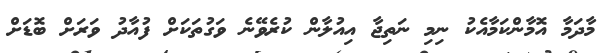
މާދަމާ އޮމާންކަމާއެކު ނިމި ނަތިޖާ އިއުލާން ކުރެވޭނެ ވަގުތަކަށް ފުއާދު ވަރަށް ބޮޑަށް